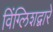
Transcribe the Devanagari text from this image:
विंग्लिशद्वारे